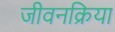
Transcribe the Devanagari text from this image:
जीवनक्रिया